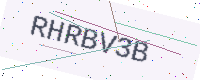
Text: RHRBV3B